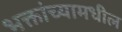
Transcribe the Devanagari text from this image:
भक्तांच्यामधील